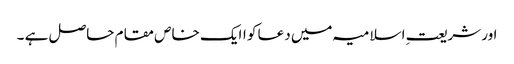
اور شریعتِ اسلامیہ میں دعا کو اایک خاص مقام حاصل ہے ۔